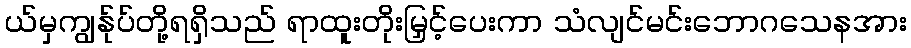
ယ်မှကျွန်ုပ်တို့ရရှိသည် ရာထူးတိုးမြှင့်ပေးကာ သံလျင်မင်းဘောဂသေနအား